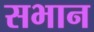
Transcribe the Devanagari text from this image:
सभान